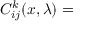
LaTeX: C _ { i j } ^ { k } ( x , \lambda ) =